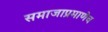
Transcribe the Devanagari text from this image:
समाजाप्रमाणेच